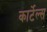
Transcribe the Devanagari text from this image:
कार्टेल्स